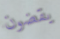
يقضون